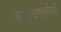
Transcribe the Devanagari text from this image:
जवाबकर्तायों